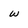
Character: w